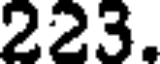
223.